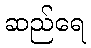
ဆည်ရေ